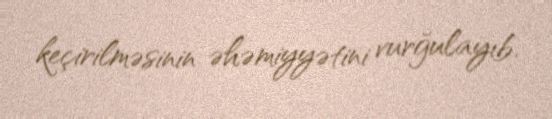
keçirilməsinin əhəmiyyətini vurğulayıb.